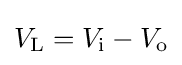
V_{\text{L}}=V_{\text{i}}-V_{\text{o}}